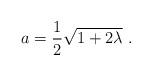
LaTeX: \begin{align*}a =\frac{1}{2} \sqrt{1+2\lambda } \ .\end{align*}